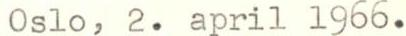
Oslo, 2. april 1966.